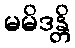
မမိဒန္တိ